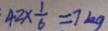
4 2 \times \frac { 1 } { 6 } = 7 k g